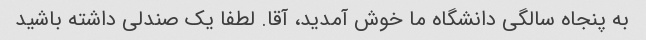
به پنجاه سالگی دانشگاه ما خوش آمدید، آقا. لطفا یک صندلی داشته باشید